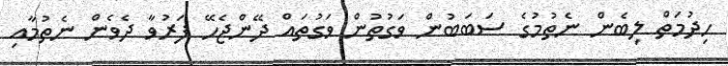
ހިދުމަތް ލިބެން ނެތުމުގެ ސަބަބުން ވަގުތުން ވަގުތައް ދޭންޖެހޭ ފަރުވާ ދެވެން ނެތުމާއި